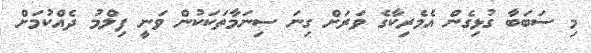
މި ސަބަބާ ގުޅިގެން އެމެރިކާގެ ވަރަށް ގިނަ ސިނަމާތަކަކުން ވަނީ ފިލްމު ދެއްކުމަށް